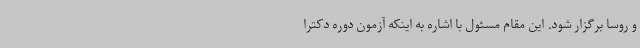
و روسا برگزار شود. این مقام مسئول با اشاره به اینکه آزمون دوره دکترا